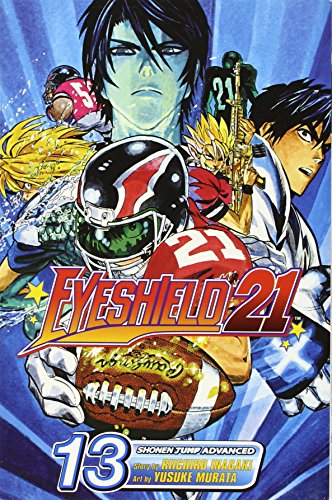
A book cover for Eyeshield 21, Volume 13; Riichiro Inagaki; Comics & Graphic Novels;